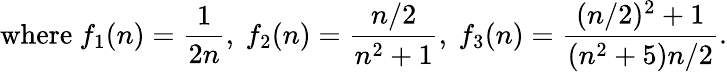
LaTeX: {\mathrm{where~}}f_{1}(n)={\frac{1}{2n}},\ f_{2}(n)={\frac{n/2}{n^{2}+1}},\ f_{3}(n)={\frac{(n/2)^{2}+1}{(n^{2}+5)n/2}}.